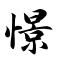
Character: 憬